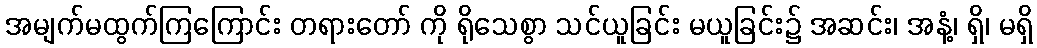
အမျက်မထွက်ကြကြောင်း တရားတော် ကို ရိုသေစွာ သင်ယူခြင်း မယူခြင်း၌ အဆင်း၊ အနံ့၊ ရှိ၊ မရှိ